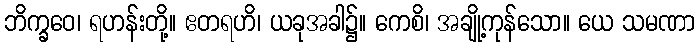
ဘိက္ခဝေ၊ ရဟန်းတို့။ ဧတရဟိ၊ ယခုအခါ၌။ ကေစိ၊ အချို့ကုန်သော။ ယေ သမဏာ